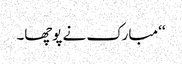
‘‘ مبارک نے پوچھا۔